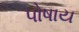
પોષાય